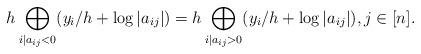
LaTeX: \begin{align*}h\bigoplus_{i\mid a_{ij}<0}(y_i/h+\log|a_{ij}|) = h\bigoplus_{i\mid a_{ij}>0}(y_i/h+\log|a_{ij}|) ,j\in[n] .\end{align*}